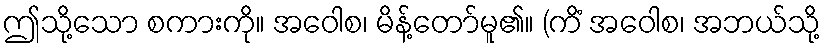
ဤသို့သော စကားကို။ အဝေါစ၊ မိန့်တော်မူ၏။ (ကိံ အဝေါစ၊ အဘယ်သို့